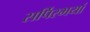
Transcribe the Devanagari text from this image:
सर्पिरभयां